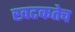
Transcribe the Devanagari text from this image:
खटकतेच